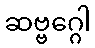
ဆဗ္ဗဂ္ဂေါ